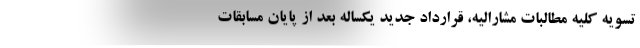
تسویه کلیه مطالبات مشارالیه، قرارداد جدید یکساله بعد از پایان مسابقات